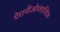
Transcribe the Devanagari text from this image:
पेरानीओप्लास्टिक